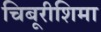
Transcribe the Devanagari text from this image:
चिबूरीशिमा